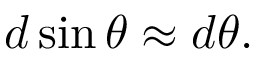
d \sin \theta \approx d \theta .